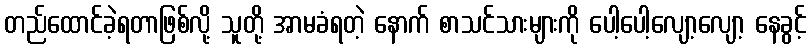
တည်ထောင်ခဲ့ရတာဖြစ်လို့ သူတို့ အာမခံရတဲ့ နောက် စာသင်သားများကို ပေါ့ပေါ့လျော့လျော့ နေခွင့်